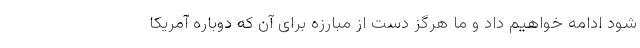
شود ادامه خواهیم داد و ما هرگز دست از مبارزه برای آن که دوباره آمریکا